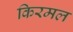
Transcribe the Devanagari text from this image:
किरमल